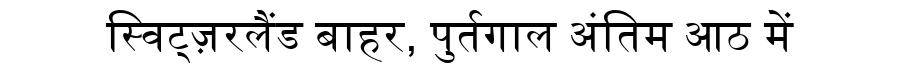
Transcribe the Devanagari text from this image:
स्विट्ज़रलैंड बाहर, पुर्तगाल अंतिम आठ में